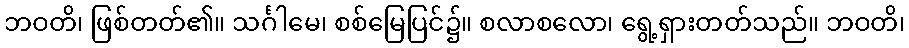
ဘဝတိ၊ ဖြစ်တတ်၏။ သင်္ဂါမေ၊ စစ်မြေပြင်၌။ စလာစလော၊ ရွေ့ရှားတတ်သည်။ ဘဝတိ၊